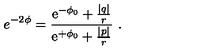
e ^ { - 2 \phi } = { \frac { { \mathrm { e } } ^ { - \phi _ { 0 } } + \frac { | q | } { r } } { { \mathrm { e } } ^ { + \phi _ { 0 } } + \frac { | p | } { r } } } \ .